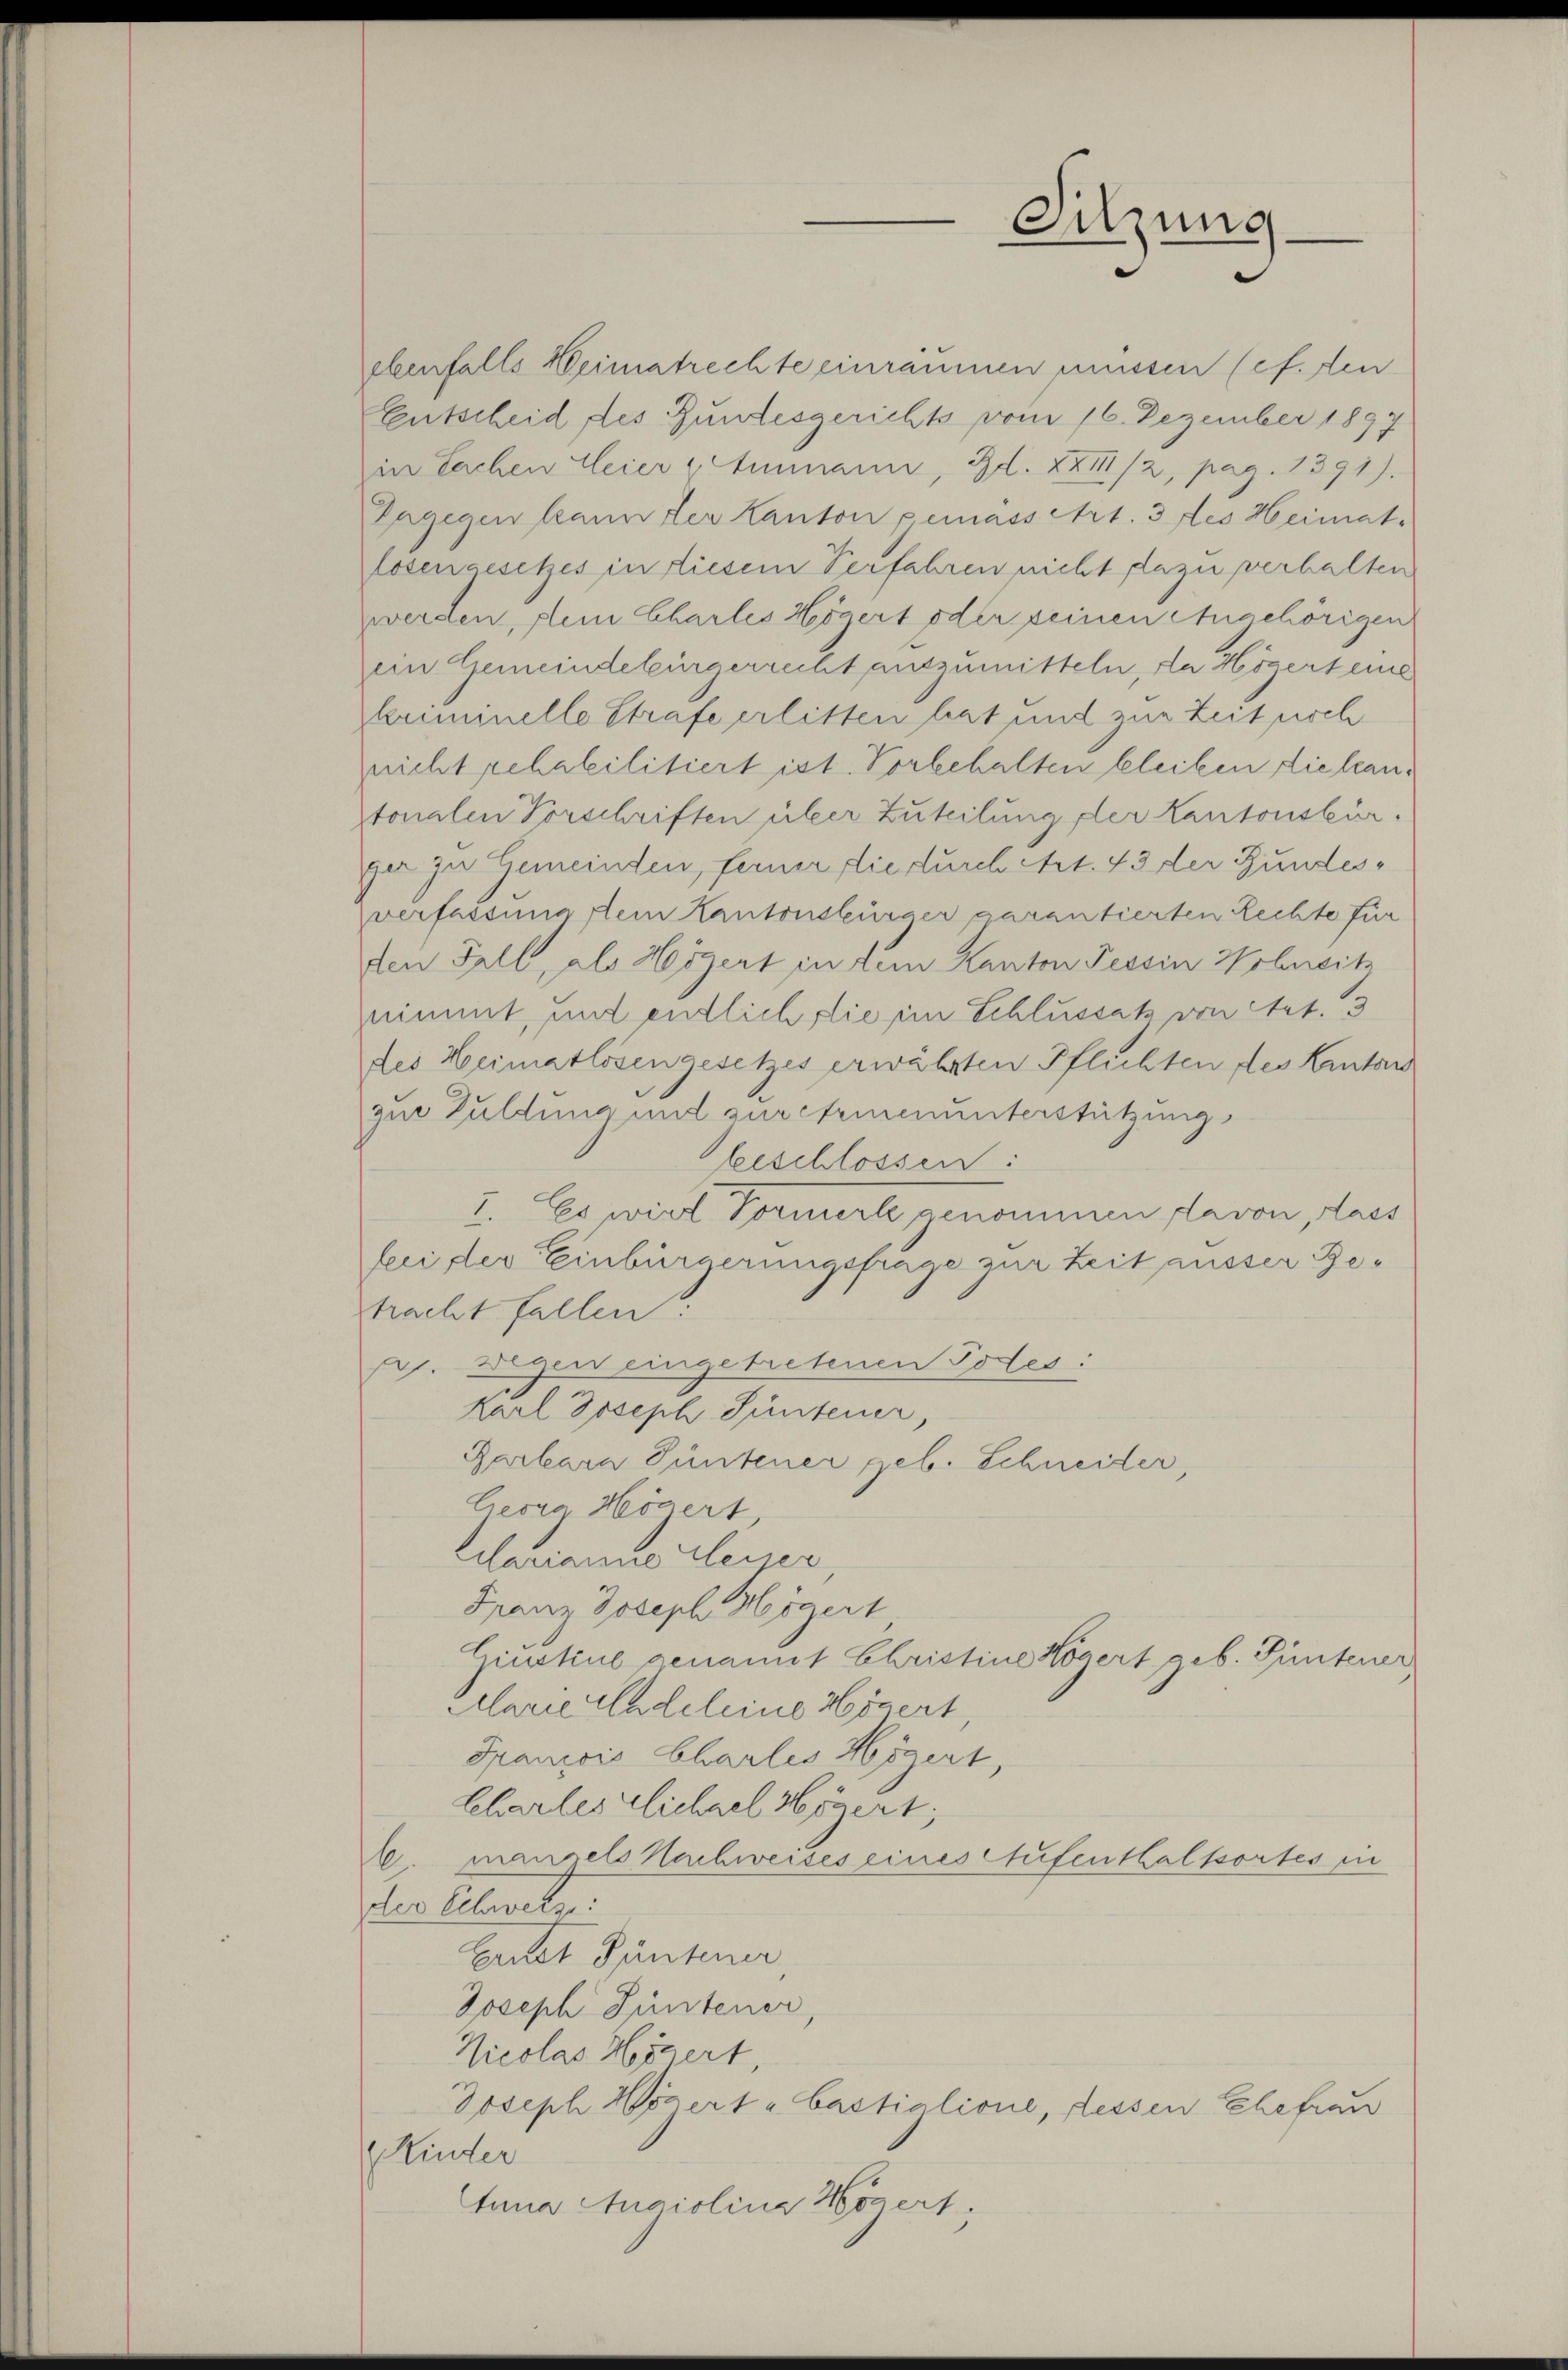
ebenfalls Weimatrechte einräumen müssen (cf. den
Entscheid des Bundesgerichts vom 16. Dezember 1897
in Sachen Meier Ammann, Bd. XXIII/2, pag. 1391).
Dagegen kann der Kanton gemässert. 3 des Heimat.
losengesetzes in diesem Verfahren nicht dazu verhalten
werden, dein Chartes Högert oder seinen Angehörigen
ein Gemeindebürgerrecht auszumitteln, da Högert eine
kriminelle Strafe erlitten hat und zur Zeit noch.
nricht rehabilitiert ist. Vorbehalten bleiben die lantonalen Vorschriften über Zuteilung der Kantonsbür-
ger zu Gemeinden, ferner die durch Art. 43 der Bundesverfassung stein Kantonsbürger garantierten Rechte für
den Fall, als Högert in dem Kanton Tessin Wohnsitz
nimmt, und entlich, lie ein Schlussatz von Art. 3
des Heimatlosengesetzes erwährten Pflichten des Kantons
zur Guldung und zur chrienunterstützung,
Geschlossen:
I. Es wird Vormerle genommen davon, dass
bei der Einbürgerungsfrage zur Zeit ausser Betracht fallen:
p. wegen eingetretenen Todes:
Karl Joseph Püntener,
Rarbara Püntener geb. Schneider,
Georg Högert,
Cilarianne teuer
Franz Joseph Högert
Ginstine genannt Christine Högert geb. Püntener
Marie deleine Högert,
Spanois Charlis Högert,
Chartes glichael Högert;
. mangels Nachweises eines Aufenthaltsortes in
der Gesetz
Ernst Tantener
Joseph Güntener,
Nicolas Högert,
Joseph Wözert u Castialione, dessen Ehefrau
Kinder
Anna Angiolina Högert.

Sitzung